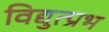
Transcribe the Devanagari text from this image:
विद्युत्प्रभ